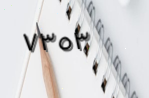
٧٣٥٣